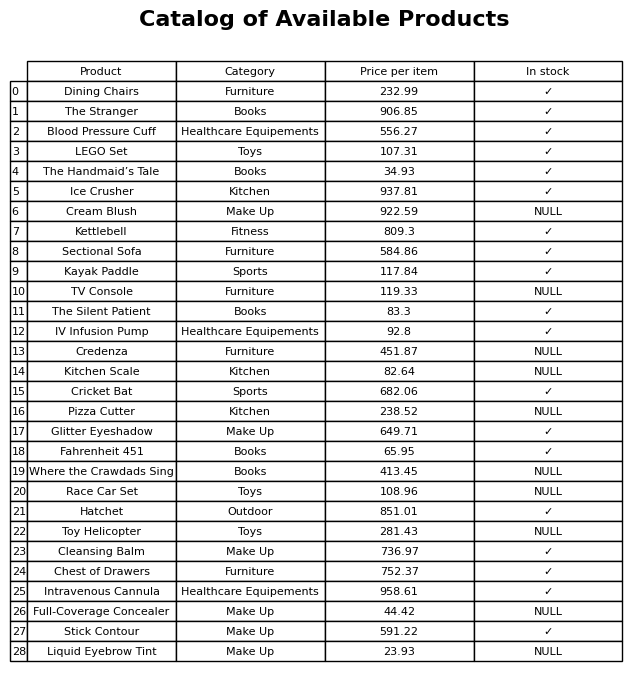
question: What category does the Dining Chairs belong to?
answer: Furniture